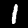
Digit: 1